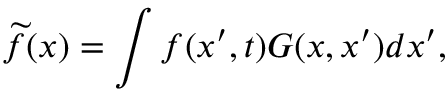
\widetilde { f } ( x ) = \int f ( x ^ { \prime } , t ) G ( x , x ^ { \prime } ) d x ^ { \prime } ,